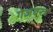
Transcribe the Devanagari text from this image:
गेजवस्त्र